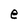
Character: e